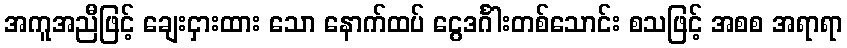
အကူအညီဖြင့် ချေးငှားထား သော နောက်ထပ် ငွေဒင်္ဂါးတစ်သောင်း စသဖြင့် အစစ အရာရာ